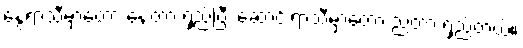
နွေရာသီမှာတော့ နေ့တာ ရှည်ပြီး ဆောင်းရာသီမှာတော့ ညတာ ရှည်တယ်။